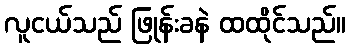
လူငယ်သည် ဖြုန်းခနဲ ထထိုင်သည်။